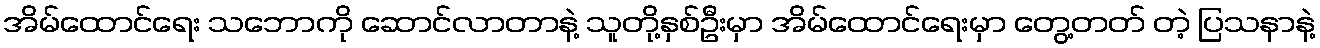
အိမ်ထောင်ရေး သဘောကို ဆောင်လာတာနဲ့ သူတို့နှစ်ဦးမှာ အိမ်ထောင်ရေးမှာ တွေ့တတ် တဲ့ ပြသနာနဲ့